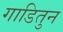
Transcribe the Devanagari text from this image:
गाडितुन